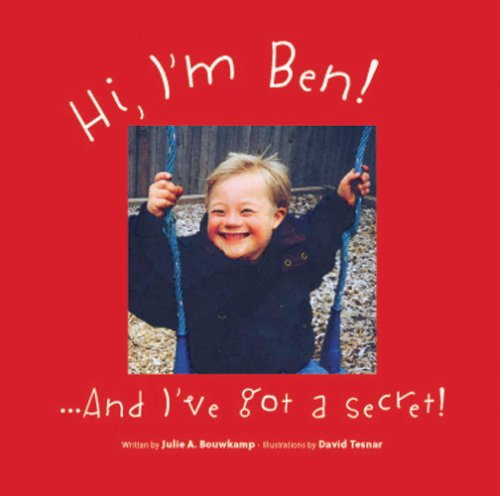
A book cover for Hi, I'm Ben... And I've Got a Secret!; Julie A. Bouwkamp; Health, Fitness & Dieting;